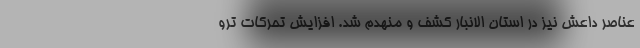
عناصر داعش نیز در استان الانبار کشف و منهدم شد. افزایش تحرکات ترو